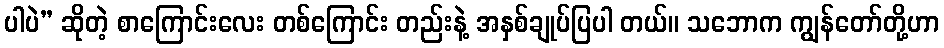
ပါပဲ” ဆိုတဲ့ စာကြောင်းလေး တစ်ကြောင်း တည်းနဲ့ အနှစ်ချုပ်ပြပါ တယ်။ သဘောက ကျွန်တော်တို့ဟာ